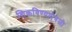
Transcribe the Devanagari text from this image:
शिकविण्याऐवजी